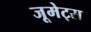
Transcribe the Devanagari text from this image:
जूमेट्स